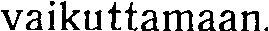
vaikuttamaan.